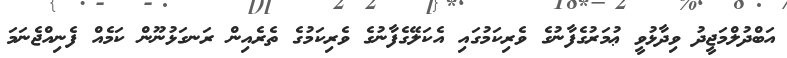
އަބްދުލްމަޖީދު ވިދާޅުވީ ޢުމަރުގެފާނުގެ ވެރިކަމުގައި އެކަލޭގެފާނުގެ ވެރިކަމުގެ ތެރެއިން ރަނގަޅުނޫން ކަމެއް ފެނިއްޖެނަމަ